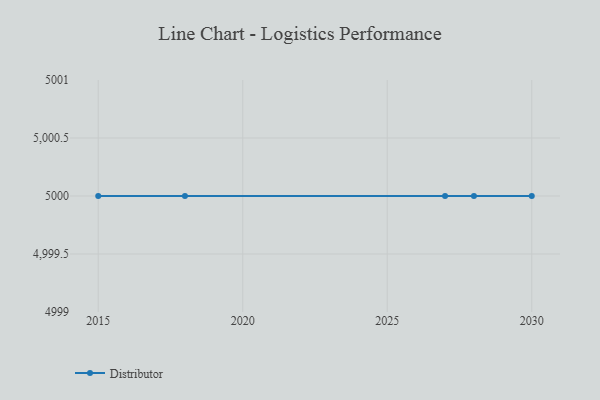
{"axis": {"x": "Year", "y": "Budget (USD K)"}, "legend": ["Distributor"], "data": [{"x": "2018", "y": 5000, "type": "Distributor"}, {"x": "2028", "y": 5000, "type": "Distributor"}, {"x": "2027", "y": 5000, "type": "Distributor"}, {"x": "2030", "y": 5000, "type": "Distributor"}, {"x": "2015", "y": 5000, "type": "Distributor"}]}